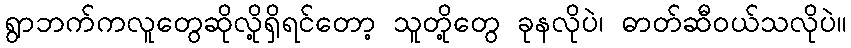
ရွာဘက်ကလူတွေဆိုလို့ရှိရင်တော့ သူတို့တွေ ခုနလိုပဲ၊ ဓာတ်ဆီဝယ်သလိုပဲ။